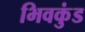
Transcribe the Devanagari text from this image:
भिवकुंड